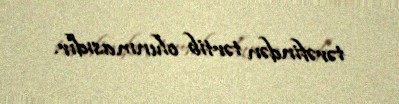
tərəfindən tərtib olunmasıdır.